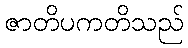
ဇာတိပကတိသည်